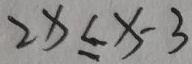
2 x \leq x - 3